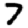
Digit: 7